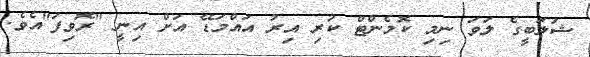
ޝަލަބީގެ ލަވަ ނިމި ކޮމެންޓް ކުރި އިރު އައްމަޑޭ އަށް އިނީ "ރޮވިފަ"އެވެ.